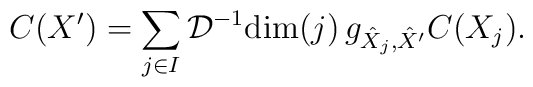
C(X')=\sum_{j\in I}\mathcal{D}^{-1} \mathrm{dim}(j)\,g_{\hat X_j,\hat X'}C(X_j).